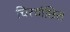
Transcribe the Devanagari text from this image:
चिरवांछित